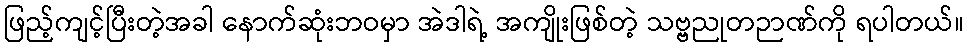
ဖြည့်ကျင့်ပြီးတဲ့အခါ နောက်ဆုံးဘဝမှာ အဲဒါရဲ့ အကျိုးဖြစ်တဲ့ သဗ္ဗညုတဉာဏ်ကို ရပါတယ်။